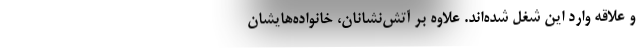
و علاقه وارد این شغل شده‌اند. علاوه بر آتش‌نشانان، خانواده‌هایشان